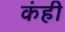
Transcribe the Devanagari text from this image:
कंही